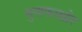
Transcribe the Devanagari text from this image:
मुनाफाखोर